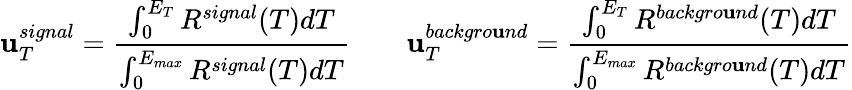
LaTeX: \mathbf{u}_{T}^{signal}=\frac{{\int_{0}^{E_{T}}R^{signal}(T)dT}}{{\int_{0}^{E_{max}}R^{signal}(T)dT}}\qquad\mathbf{u}_{T}^{backgro\mathbf{u}nd}=\frac{{\int_{0}^{E_{T}}R^{backgro\mathbf{u}nd}(T)dT}}{{\int_{0}^{E_{max}}R^{backgro\mathbf{u}nd}(T)dT}}